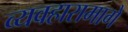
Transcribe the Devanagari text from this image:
व्यवहारामागे